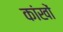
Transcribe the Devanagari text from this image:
कांखों